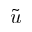
\tilde { u }